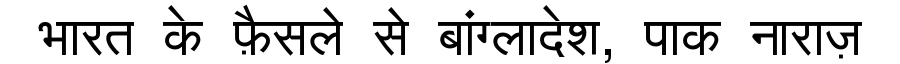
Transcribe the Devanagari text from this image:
भारत के फ़ैसले से बांग्लादेश, पाक नाराज़